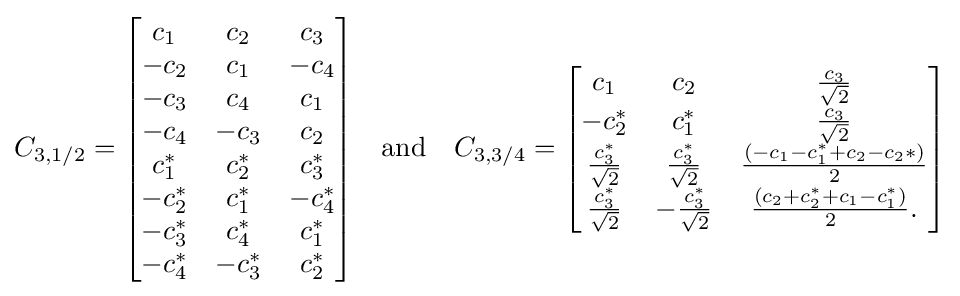
C_{3,1/2}={\begin{bmatrix}c_{1}&c_{2}&c_{3}\\-c_{2}&c_{1}&-c_{4}\\-c_{3}&c_{4}&c_{1}\\-c_{4}&-c_{3}&c_{2}\\c_{1}^{*}&c_{2}^{*}&c_{3}^{*}\\-c_{2}^{*}&c_{1}^{*}&-c_{4}^{*}\\-c_{3}^{*}&c_{4}^{*}&c_{1}^{*}\\-c_{4}^{*}&-c_{3}^{*}&c_{2}^{*}\end{bmatrix}}\quad {\text{and}}\quad C_{3,3/4}={\begin{bmatrix}c_{1}&c_{2}&{\frac {c_{3}}{\sqrt {2}}}\\-c_{2}^{*}&c_{1}^{*}&{\frac {c_{3}}{\sqrt {2}}}\\{\frac {c_{3}^{*}}{\sqrt {2}}}&{\frac {c_{3}^{*}}{\sqrt {2}}}&{\frac {\left(-c_{1}-c_{1}^{*}+c_{2}-c_{2}*\right)}{2}}\\{\frac {c_{3}^{*}}{\sqrt {2}}}&-{\frac {c_{3}^{*}}{\sqrt {2}}}&{\frac {\left(c_{2}+c_{2}^{*}+c_{1}-c_{1}^{*}\right)}{2}}.\end{bmatrix}}